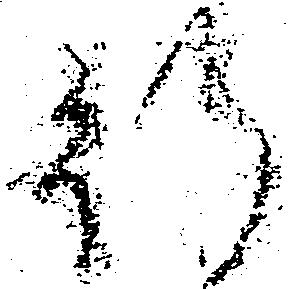
行